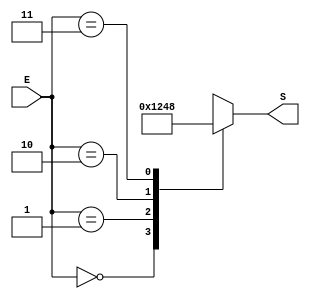
module Decoder_2_4(
	input				[1:0]		E,
	output	reg	[3:0]		S
);

always @(E)
   case (E)
      2'b00 	: S = 4'b0001;
      2'b01 	: S = 4'b0010;
      2'b10 	: S = 4'b0100;
      2'b11 	: S = 4'b1000;
      default	: S = 4'b0000;
   endcase
	
endmodule